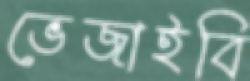
ভেজাইবি